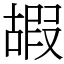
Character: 嘏